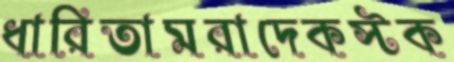
ধারিতামরাদেকস্টক